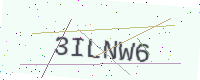
Text: 3ILNW6